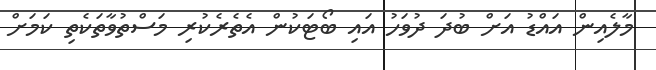
މާލެއިން އައްޑު އަށް ބުދަ ދުވަހު އައި ބޯޓަކުން އެތެރެކުރި މަސްތުވާތަކެތި ކަމަށް